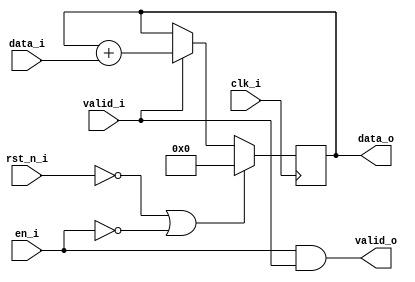
module integrator # (
    parameter I_BW = 5,  
    parameter O_BW = 8    
) (
    // Clock and reset
    input                               clk_i,
    input                               rst_n_i,

    // Streaming input
    input                               en_i,
    input signed [I_BW - 1 : 0]         data_i,
    input                               valid_i,

    // Streaming output
    output signed [O_BW - 1 : 0]        data_o,
    output                              valid_o
);

    // Accumulation Register
    reg signed [O_BW - 1 : 0] accumulated;

    always @(posedge clk_i) begin
        if (!rst_n_i | !en_i) begin
            accumulated <= 'd0;
        end else begin
            if (valid_i) begin
                accumulated <= accumulated + data_i;
            end
        end
    end

    // Output Assignment
    assign data_o  = accumulated;
    assign valid_o = (en_i & valid_i);

    // Simulation Only Waveform Dump (.vcd export)
    `ifdef COCOTB_SIM
    `ifndef SCANNED
    `define SCANNED
    initial begin
        $dumpfile ("wave.vcd");
        $dumpvars (0, integrator);
        #1;
    end
    `endif
    `endif

endmodule